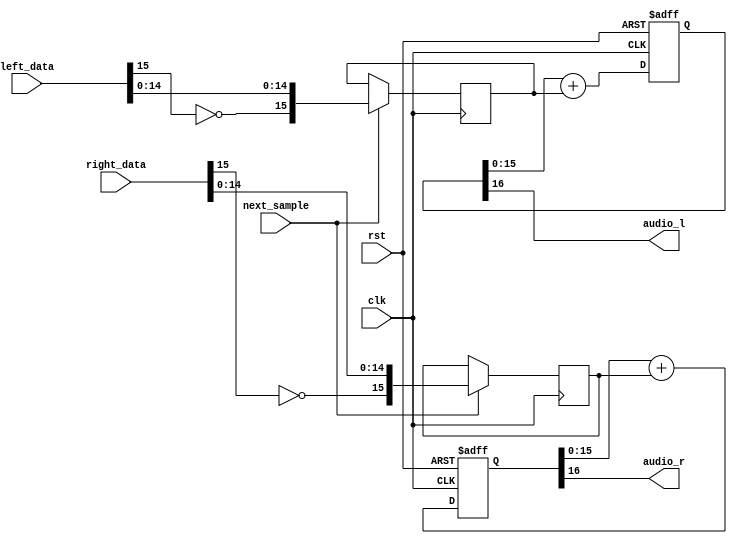
module pwm_dac(
    input  wire        rst,
    input  wire        clk,

    // Sample input
    input  wire        next_sample,
    input  wire [15:0] left_data,       // 2's complement signed left data
    input  wire [15:0] right_data,      // 2's complement signed right data

    // PWM audio output
    output wire        audio_l,
    output wire        audio_r);

    reg [15:0] left_sample_r;
    reg [15:0] right_sample_r;

    always @(posedge clk) begin
        if (next_sample) begin
            // Convert to unsigned data
            left_sample_r  <= {!left_data[15],  left_data[14:0]};
            right_sample_r <= {!right_data[15], right_data[14:0]};
        end
    end

    // PWM output
    reg [16:0] pwmacc_left;
    reg [16:0] pwmacc_right;

    always @(posedge clk or posedge rst) begin
        if (rst) begin
            pwmacc_left  <= 0;
            pwmacc_right <= 0;

        end else begin
            pwmacc_left  <= {1'b0, pwmacc_left[15:0]}  + {1'b0, left_sample_r};
            pwmacc_right <= {1'b0, pwmacc_right[15:0]} + {1'b0, right_sample_r};
        end
    end

    assign audio_l = pwmacc_left[16];
    assign audio_r = pwmacc_right[16];

endmodule